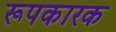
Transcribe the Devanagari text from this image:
रूपकारक